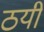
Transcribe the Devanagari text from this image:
ठयी